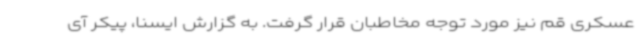
عسکری قم نیز مورد توجه مخاطبان قرار گرفت. به گزارش ایسنا، پیکر آی